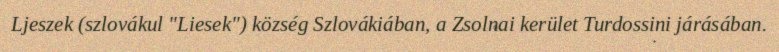
Ljeszek (szlovákul "Liesek") község Szlovákiában, a Zsolnai kerület Turdossini járásában.